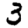
Digit: 3